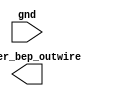
module lcell (gnd, marker_bep_outwire);
  input gnd;
  output marker_bep_outwire;
endmodule